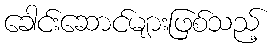
ခေါင်းဆောင်များဖြစ်သည့်